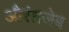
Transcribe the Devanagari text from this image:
औरंग़जेब